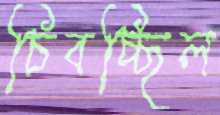
চিবচ্ছিল